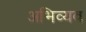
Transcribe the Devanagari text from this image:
अभिव्यव